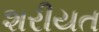
શરીયત